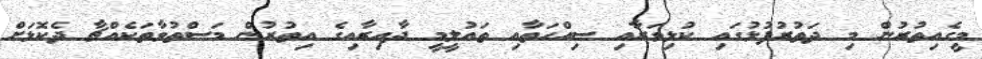
މީގެއިތުރުން މި ދަތުރުފުޅުގައި ކުޅިވަރާއި ސިއްހަތާއި ތައުލީމީ ދާއިރާއިގެ އިތުރުން މަސްތުވާތަކެއްޗާ ދެކޮޅަށް